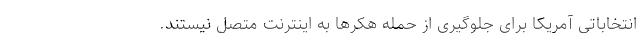
انتخاباتی آمریکا برای جلوگیری از حمله هکرها به اینترنت متصل نیستند.